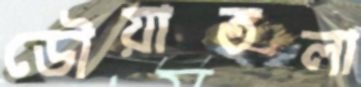
ডৌয়াতলা